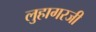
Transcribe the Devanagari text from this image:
लुहागरजी